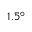
1 . 5 ^ { \circ }